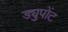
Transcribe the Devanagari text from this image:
ड्युपोंट